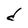
Character: d